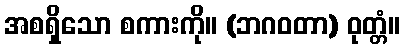
အစရှိသော စကားကို။ (ဘဂဝတာ) ဝုတ္တံ။